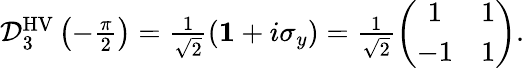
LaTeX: \begin{array}{r}{\mathcal{D}_{3}^{\mathrm{HV}}\left(-\frac{\pi}{2}\right)=\frac{1}{\sqrt{2}}\left({\mathbf 1}+i\sigma_{y}\right)=\frac{1}{\sqrt{2}}\left(\begin{array}{cc}{1}&{1}\\ {-1}&{1}\end{array}\right).}\end{array}